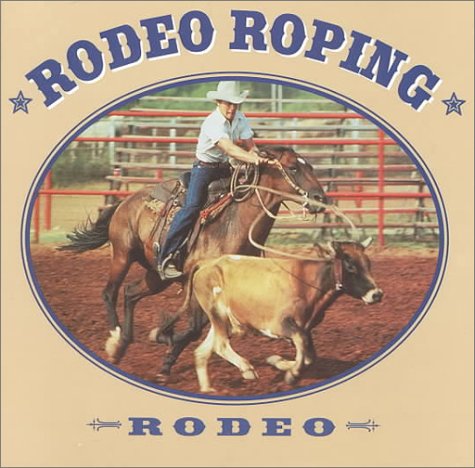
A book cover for Rodeo Roping (Rodeo Discovery Library); Tex McLeese; Sports & Outdoors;